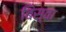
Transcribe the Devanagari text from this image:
बिस्‍वा